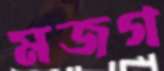
মজগ